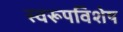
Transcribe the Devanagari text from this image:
स्वरूपविशेष